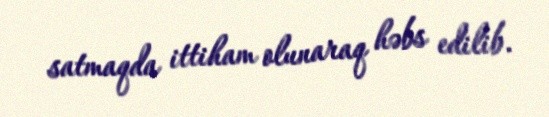
satmaqda ittiham olunaraq həbs edilib.